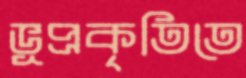
ভূপ্রকৃতিতে